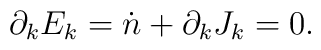
\partial_{k}E_{k}=\dot n + \partial_{k}J_{k} = 0.